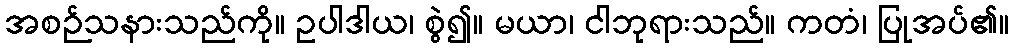
အစဉ်သနားသည်ကို။ ဥပါဒါယ၊ စွဲ၍။ မယာ၊ ငါဘုရားသည်။ ကတံ၊ ပြုအပ်၏။